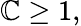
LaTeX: \mathbb{C}\geq1,